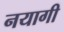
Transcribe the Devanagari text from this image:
नयागी